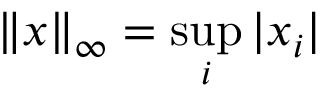
\| x \| _ { \infty } = \sup _ { i } | x _ { i } |